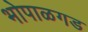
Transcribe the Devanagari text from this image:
भोपाळगड